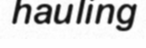
hauling